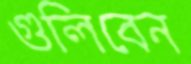
গুলিবেন